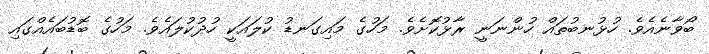
ބޯވާނެއެވެ. ހުޅުނބުތައް ހުންނަނީ ރާޅުކޮށެވެ. މަހުގެ މައިގަނޑު ކުލައަކީ ހުދުކުލައެވެ. މަހުގެ ބޮޑުބައެއްގައި